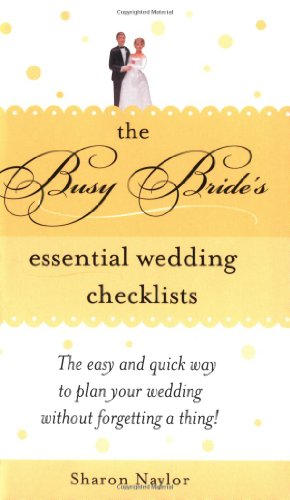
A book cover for The Busy Bride's Essential Wedding Checklists; Sharon Naylor; Crafts, Hobbies & Home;